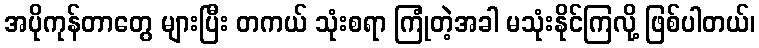
အပိုကုန်တာတွေ များပြီး တကယ် သုံးစရာ ကြုံတဲ့အခါ မသုံးနိုင်ကြလို့ ဖြစ်ပါတယ်၊